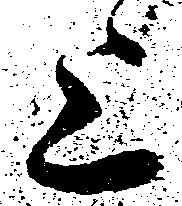
上